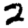
Digit: 2